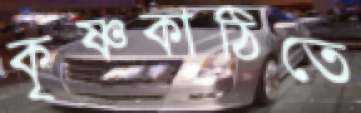
কৃষ্ণকাঠিতে